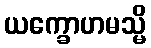
ယက္ခောဟမသ္မိ